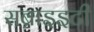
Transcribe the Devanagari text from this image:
सब्राइइटी